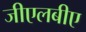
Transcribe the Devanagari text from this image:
जीएलबीए